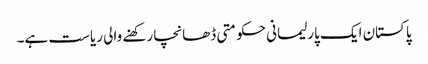
پاکستان ایک پارلیمانی حکومتی ڈھانچا رکھنے والی ریاست ہے۔